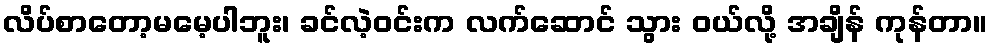
လိပ်စာတော့မမေ့ပါဘူး၊ ခင်လဲ့ဝင်းက လက်ဆောင် သွား ဝယ်လို့ အချိန် ကုန်တာ။